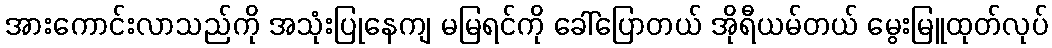
အားကောင်းလာသည်ကို အသုံးပြုနေကျ မမြရင်ကို ခေါ်ပြောတယ် အိုရီယမ်တယ် မွေးမြူထုတ်လုပ်